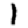
Digit: 1